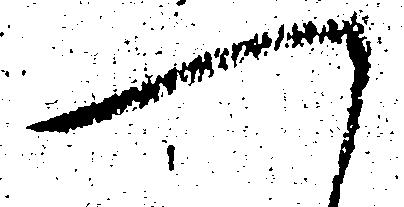
へ